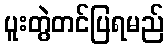
ပူးတွဲတင်ပြရမည်